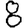
Digit: 8